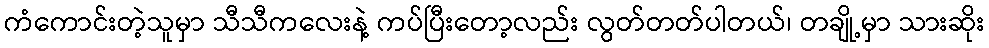
ကံကောင်းတဲ့သူမှာ သီသီကလေးနဲ့ ကပ်ပြီးတော့လည်း လွတ်တတ်ပါတယ်၊ တချို့မှာ သားဆိုး